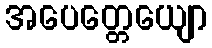
အပေတ္တေယျော